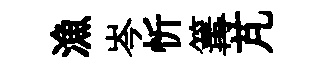
漁岑忻篝芃